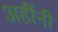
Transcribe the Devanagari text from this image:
अहींनी